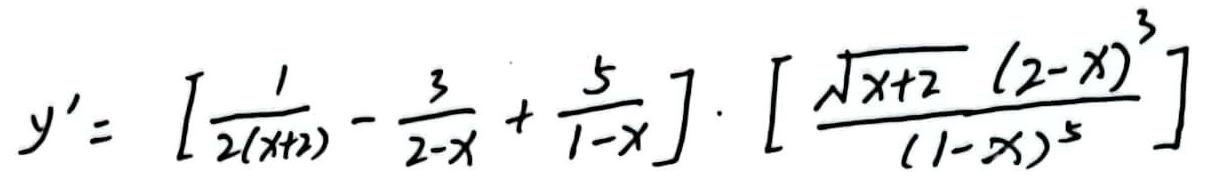
\[
y' = \left[\frac{1}{2(x + 2)} - \frac{3}{2 - x} + \frac{5}{1 - x}\right] \cdot \left[\frac{\sqrt{x + 2}(2 - x)^{3}}{(1 - x)^{5}}\right]
\]